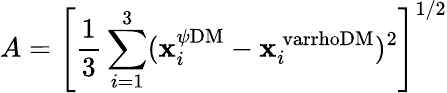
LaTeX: A=\left[\frac{1}{3}\sum_{i=1}^{3}(\mathbf{x}_{i}^{\psi\mathrm{DM}}-\mathbf{x}_{i}^{\mathrm{\ varrhoDM}})^{2}\right]^{1/2}